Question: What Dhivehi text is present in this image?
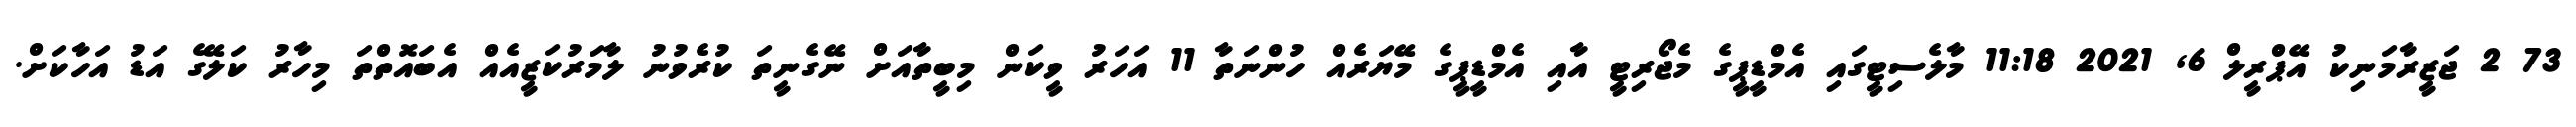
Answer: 73 2 ޖަޒީރާމަނިކު އޭޕްރީލް 6, 2021 11:18 މާލެސިޓީގައި އެމްޑީޕީގެ މެޖޯރިޓީ އާއި އެމްޑީޕީގެ މޭޔަރެއް ހުންނަތާ 11 އަހަރު ވީކަން މިބީތާއަށް ނޭގެނީތަ ކުރެވުނު ލާމަރުކަޒީއެއް އެބައޮތްތަ މިހާރު ކަލޭގެ އަޑު އަހާކަށް.